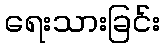
ရေးသားခြင်း